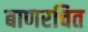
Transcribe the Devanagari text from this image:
बाणरचित